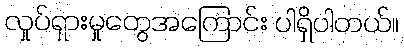
လှုပ်ရှားမှုတွေအကြောင်း ပါရှိပါတယ်။